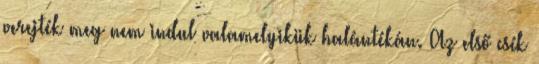
verejték meg nem indul valamelyikük halántékán. Az első csík